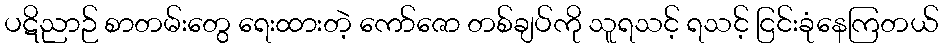
ပဋိညာဉ် စာတမ်းတွေ ရေးထားတဲ့ ကော်ဇော တစ်ချပ်ကို သူရသင့် ရသင့် ငြင်းခုံနေကြတယ်